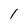
Character: 1